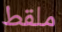
ملقط